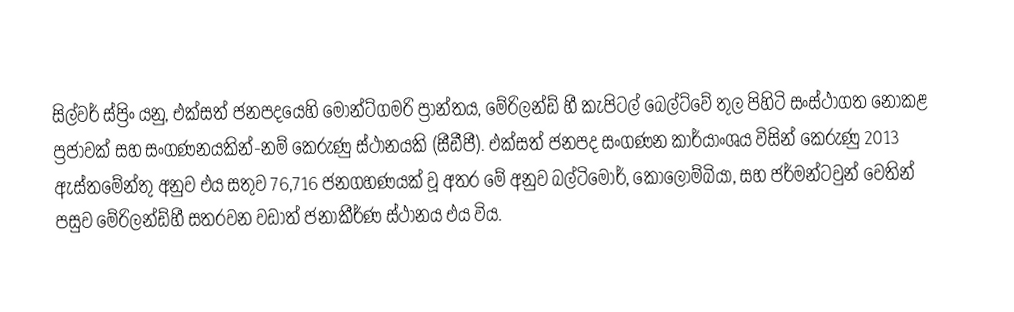
සිල්වර් ස්ප්‍රිං යනු, එක්සත් ජනපදයෙහි මොන්ට්ගමරි ප්‍රාන්තය, මේරිලන්ඩ් හී   කැපිටල් බෙල්ට්වේ තුල පිහිටි  සංස්ථාගත නොකළ ප්‍රජාවක් සහ  සංගණනයකින්-නම් කෙරුණු ස්ථානයකි (සීඩීපී). එක්සත් ජනපද සංගණන කාර්යාංශය විසින් කෙරුණු 2013 ඇස්තමේන්තු අනුව එය සතුව 76,716 ජනගහණයක් වූ අතර මේ අනුව  බල්ටිමෝර්, කොලොම්බියා, සහ ජර්මන්ටවුන් වෙතින් පසුව මේරිලන්ඩ්හී සතරවන වඩාත් ජනාකීර්ණ ස්ථානය එය විය.